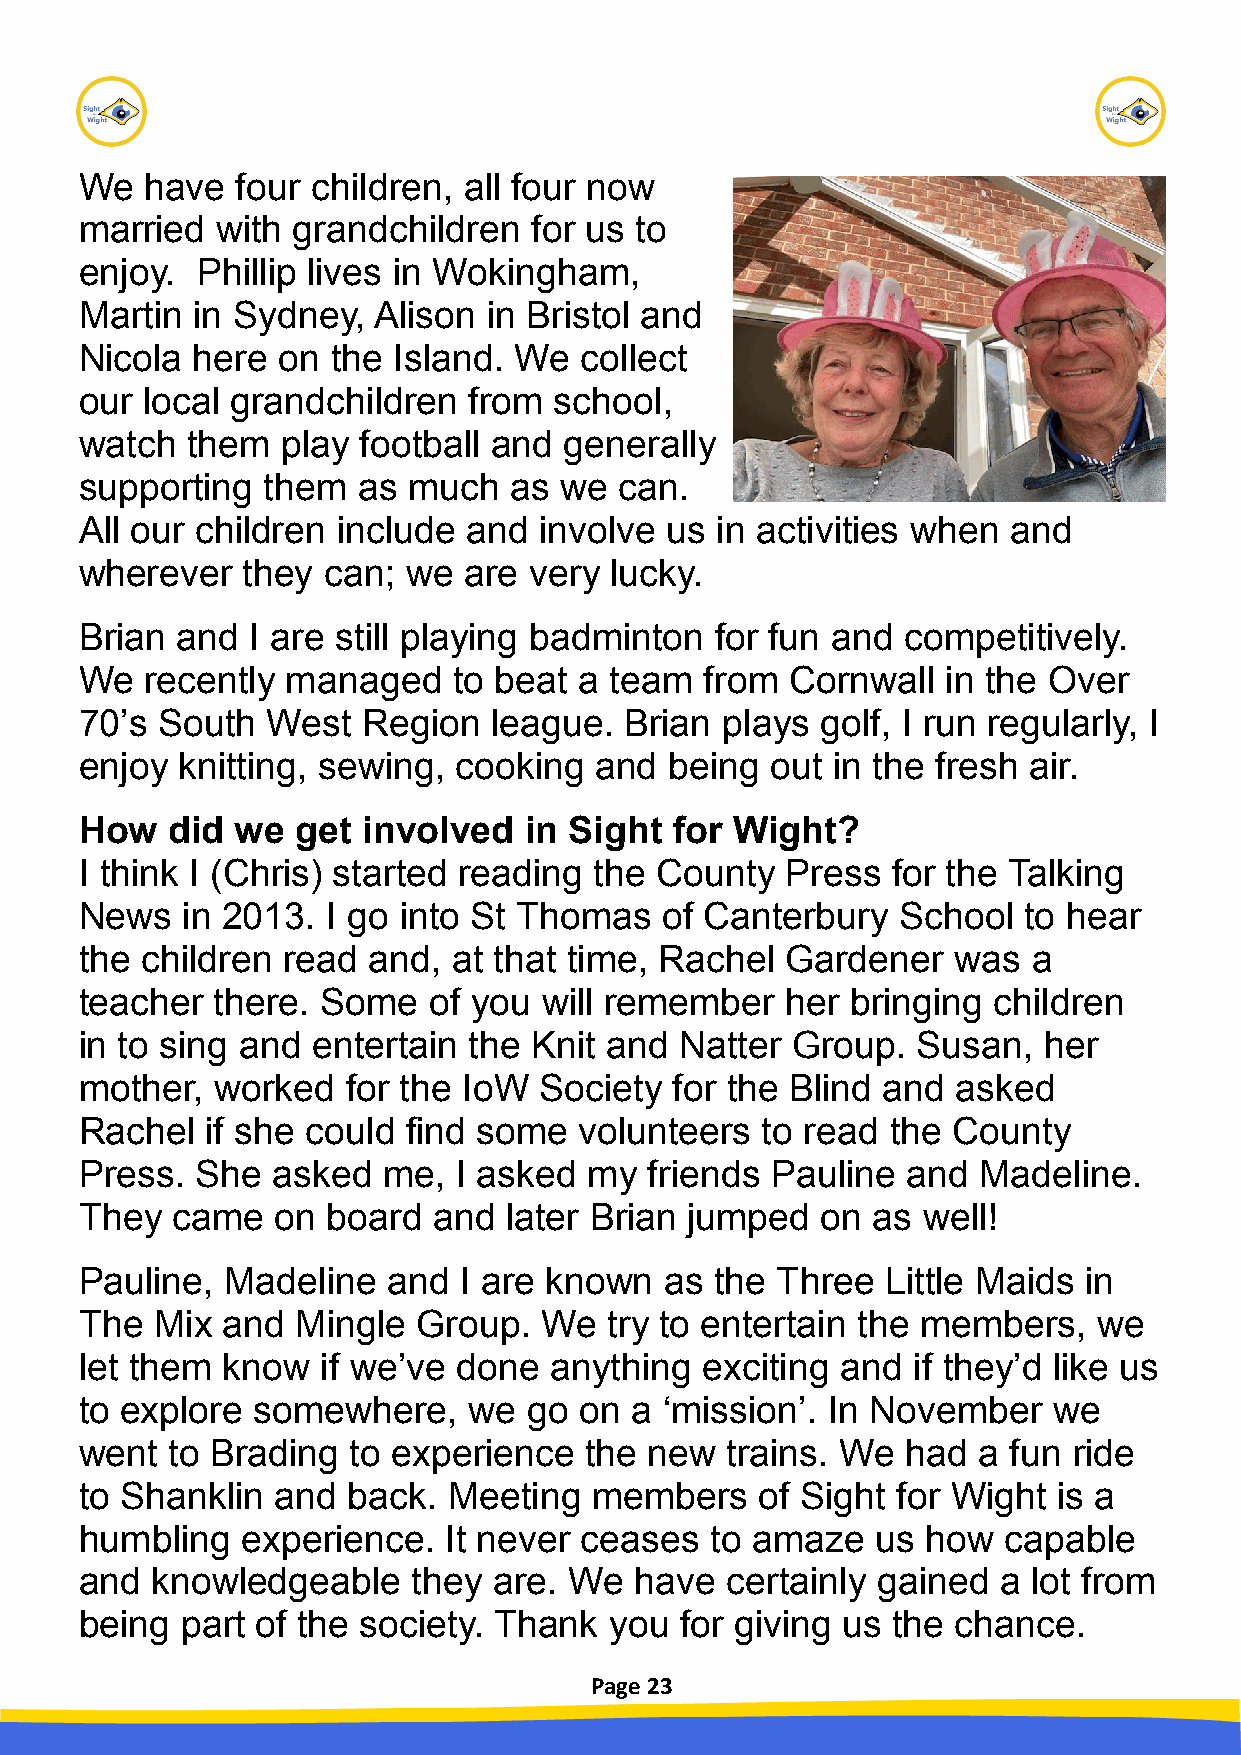
We   have  four children, all four now
 married  with grandchildren   for us to
 enjoy.  Phillip lives in Wokingham,
 Martin  in Sydney,  Alison in Bristol and
 Nicola  here on  the Island. We  collect
 our local grandchildren   from  school,
 watch  them   play football and generally
 supporting  them   as much   as we  can.
 All our children include  and  involve us in activities when  and
 wherever   they can;  we  are very lucky.
 Brian  and  I are still playing badminton for fun and  competitively.
 We   recently managed    to beat a team   from Cornwall   in the Over
 70’s South   West  Region  league.  Brian  plays golf, I run regularly, I
 enjoy  knitting, sewing, cooking  and  being  out in the fresh air.
 How   did  we  get involved   in Sight  for Wight?
 I think I (Chris) started reading the County   Press  for the Talking
 News   in 2013.  I go into St Thomas   of Canterbury   School  to hear
 the children  read and,  at that time, Rachel  Gardener   was  a
 teacher  there. Some   of you  will remember   her bringing  children
 in to sing and  entertain the Knit and  Natter Group.   Susan,  her
 mother,  worked   for the IoW  Society  for the Blind and asked
 Rachel   if she could find some  volunteers  to read  the County
 Press.  She  asked  me,  I asked  my  friends Pauline  and  Madeline.
 They  came   on  board  and later Brian jumped   on  as well!
 Pauline,  Madeline   and I are known   as the Three   Little Maids in
 The  Mix  and  Mingle  Group.  We  try to entertain the members,    we
 let them  know  if we’ve done  anything  exciting  and if they’d like us
 to explore  somewhere,    we  go on  a ‘mission’. In November    we
 went  to Brading  to experience   the new  trains. We  had  a fun ride
 to Shanklin  and  back.  Meeting  members    of Sight for Wight  is a
 humbling   experience.  It never ceases   to amaze   us how  capable
 and  knowledgeable    they  are. We  have  certainly gained  a lot from
 being  part of the society. Thank  you  for giving us the chance.
 Page 23